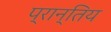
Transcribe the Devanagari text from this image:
प्रान्तिय